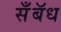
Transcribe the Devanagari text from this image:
सॅँबॅध